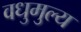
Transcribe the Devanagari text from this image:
वधुमुल्य